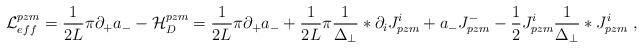
LaTeX: \begin{align*}{\cal L}^{pzm}_{eff} = \frac{1}{2L} \pi \partial_{+} a_{-} -{\cal H}_D^{pzm} = \frac{1}{2L} \pi \partial_{+} a_{-} +\frac{1}{2L} \pi \frac{1}{\Delta_{\perp}} \ast \partial_i J_{pzm}^i +a_{-} J_{pzm}^{-} - \frac 1 2 J_{pzm}^i\frac{1}{\Delta_{\perp}} \ast J_{pzm}^i \;,\end{align*}